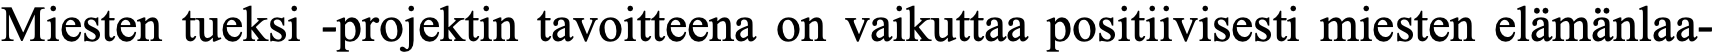
Miesten tueksi -projektin tavoitteena on vaikuttaa positiivisesti miesten elämänlaa-